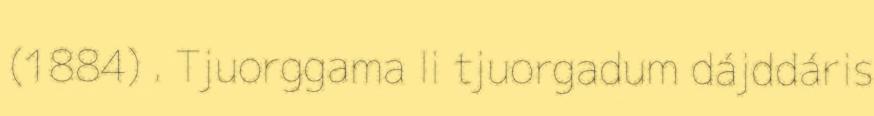
(1884) . Tjuorggama li tjuorgadum dájddáris